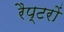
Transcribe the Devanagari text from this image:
रैप्टरों